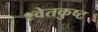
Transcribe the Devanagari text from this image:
श्वेतकुष्ट